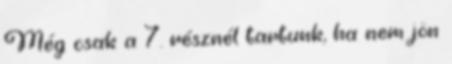
Még csak a 7. résznél tartunk, ha nem jön